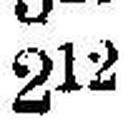
212